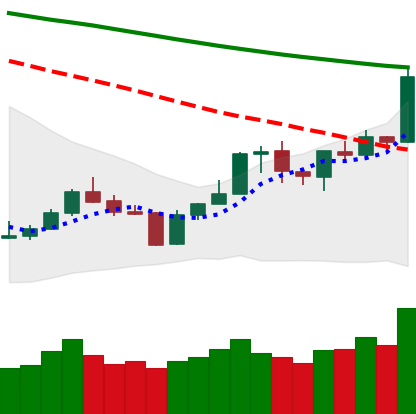
Ticker: BNB-USD
Chart end date: 2020-01-14
Forward return: 4.47%
Label: up_3_5